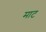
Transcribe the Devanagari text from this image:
माट